Indian journal of veterinary science and animal husbandry - Volumes 26-27, 1956-1957
Year: 1956
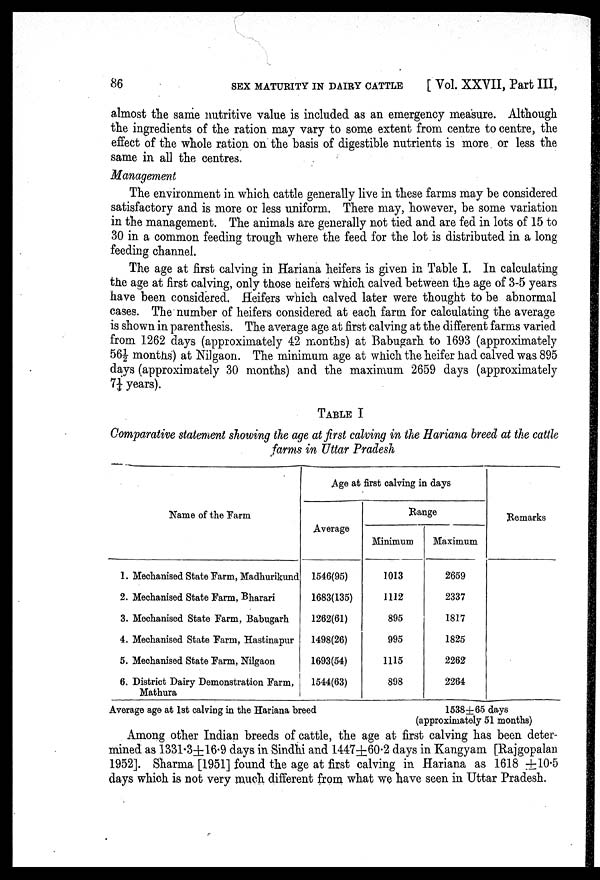
86
SEX MATURITY IN DAIRY CATTLE
[ Vol. XXVII, Part III,
almost the same nutritive value is included as an emergency measure. Although
the ingredients of the ration may vary to some extent from centre to centre, the
effect of the whole ration on the basis of digestible nutrients is more or less the
same in all the centres.
Management
The environment in which cattle generally live in these farms may be considered
satisfactory and is more or less uniform. There may, however, be some variation
in the management. The animals are generally not tied and are fed in lots of 15 to
30 in a common feeding trough where the feed for the lot is distributed in a long
feeding channel.
The age at first calving in Hariana heifers is given in Table I. In calculating
the age at first calving, only those neifers which calved between the age of 3-5 years
have been considered. Heifers which calved later were thought to be abnormal
cases. The number of heifers considered at each farm for calculating the average
is shown in parenthesis. The average age at first calving at the different farms varied
from 1262 days (approximately 42 months) at Babugarh to 1693 (approximately
56½ months) at Nilgaon. The minimum age at which the heifer had calved was 895
days (approximately 30 months) and the maximum 2659 days (approximately
7¼ years).
TABLE I
Comparative statement showing the age at first calving in the Hariana breed at the cattle
farms in Uttar Pradesh
Name of the Farm
1. Mechanised State Farm, Madhurikund
2. Mechanised State Farm, Bharari
3. Mechanised State Farm, Babugarh
4. Mechanised State Farm, Hastinapur
5. Mechanised State Farm, Nilgaon
6. District Dairy Demonstration Farm,
Mathura
Age at first calving in days
Average
1546(95)
1683(135)
1262(61)
1498(26)
1693(54)
1544(63)
Range
Minimum
1013
1112
895
995
1115
898
Maximum
2659
2337
1817
1825
2262
2264
Remarks
Average age at 1st calving in the Hariana breed
1538±65 days
(approximately 51 months)
Among other Indian breeds of cattle, the age at first calving has been deter-
mined as 1331.3±16.9 days in Sindhi and 1447±60.2 days in Kangyam [Rajgopalan
1952]. Sharma [1951] found the age at first calving in Hariana as 1618 ± 10.5
days which is not very much different from what we have seen in Uttar Pradesh.